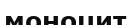
моноцит